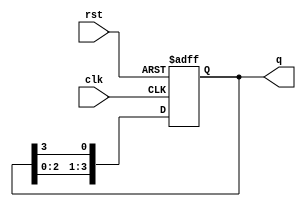
module ring_counter (
    input wire clk,     // Clock input
    input wire rst,     // Asynchronous reset input
    output reg [3:0] q  // 4-bit output representing the state of the counter
);

// Initial state of the counter
initial begin
    q = 4'b1000;  // Start with the initial state: 1000
end

// Always block to define the behavior of the ring counter
always @(posedge clk or posedge rst) begin
    if (rst) begin
        // On reset, set to the initial state
        q <= 4'b1000;
    end else begin
        // Shift the state in a ring manner
        q <= {q[2:0], q[3]};  // Shift left and wrap around
    end
end

endmodule